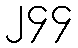
၂၄၄